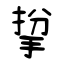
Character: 㧳